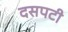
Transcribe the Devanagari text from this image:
दसपटी